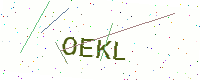
Text: OEKL